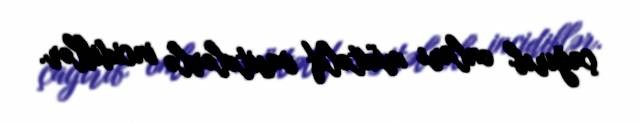
çağırıb onları müxtəlif vasitələrlə incidiblər.